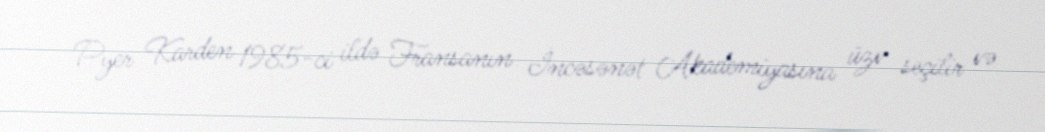
Pyer Karden 1985-ci ildə Fransanın İncəsənət Akademiyasına üzv seçilir və